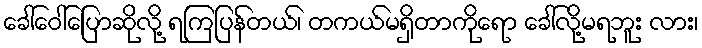
ခေါ်ဝေါ်ပြောဆိုလို့ ရကြပြန်တယ်၊ တကယ်မရှိတာကိုရော ခေါ်လို့မရဘူး လား၊